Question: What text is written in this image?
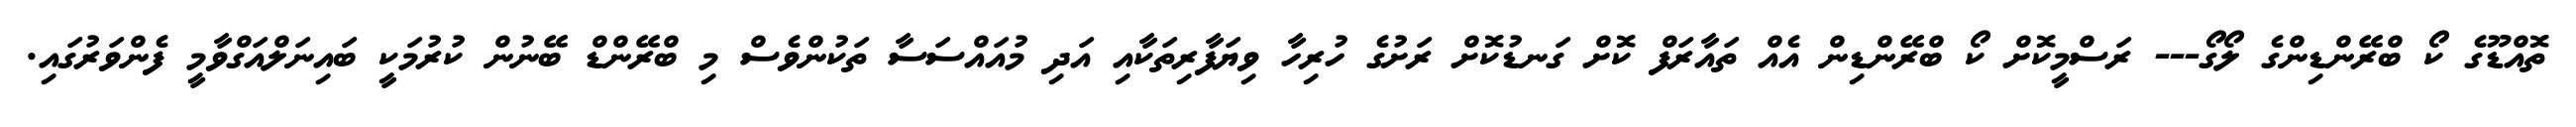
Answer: ތޮއްޑޫގެ ކޯ ބްރޭންޑިންގެ ލޯގޯ--- ރަސްމީކޮށް ކޯ ބްރޭންޑިން އެއް ތައާރަފް ކޮށް ގަނޑުކޮށް ރަށުގެ ހުރިހާ ވިޔަފާރިތަކާއި އަދި މުއައްސަސާ ތަކުންވެސް މި ބްރޭންޑް ބޭނުން ކުރުމަކީ ބައިނަލްއަގްވާމީ ފެންވަރުގައި.